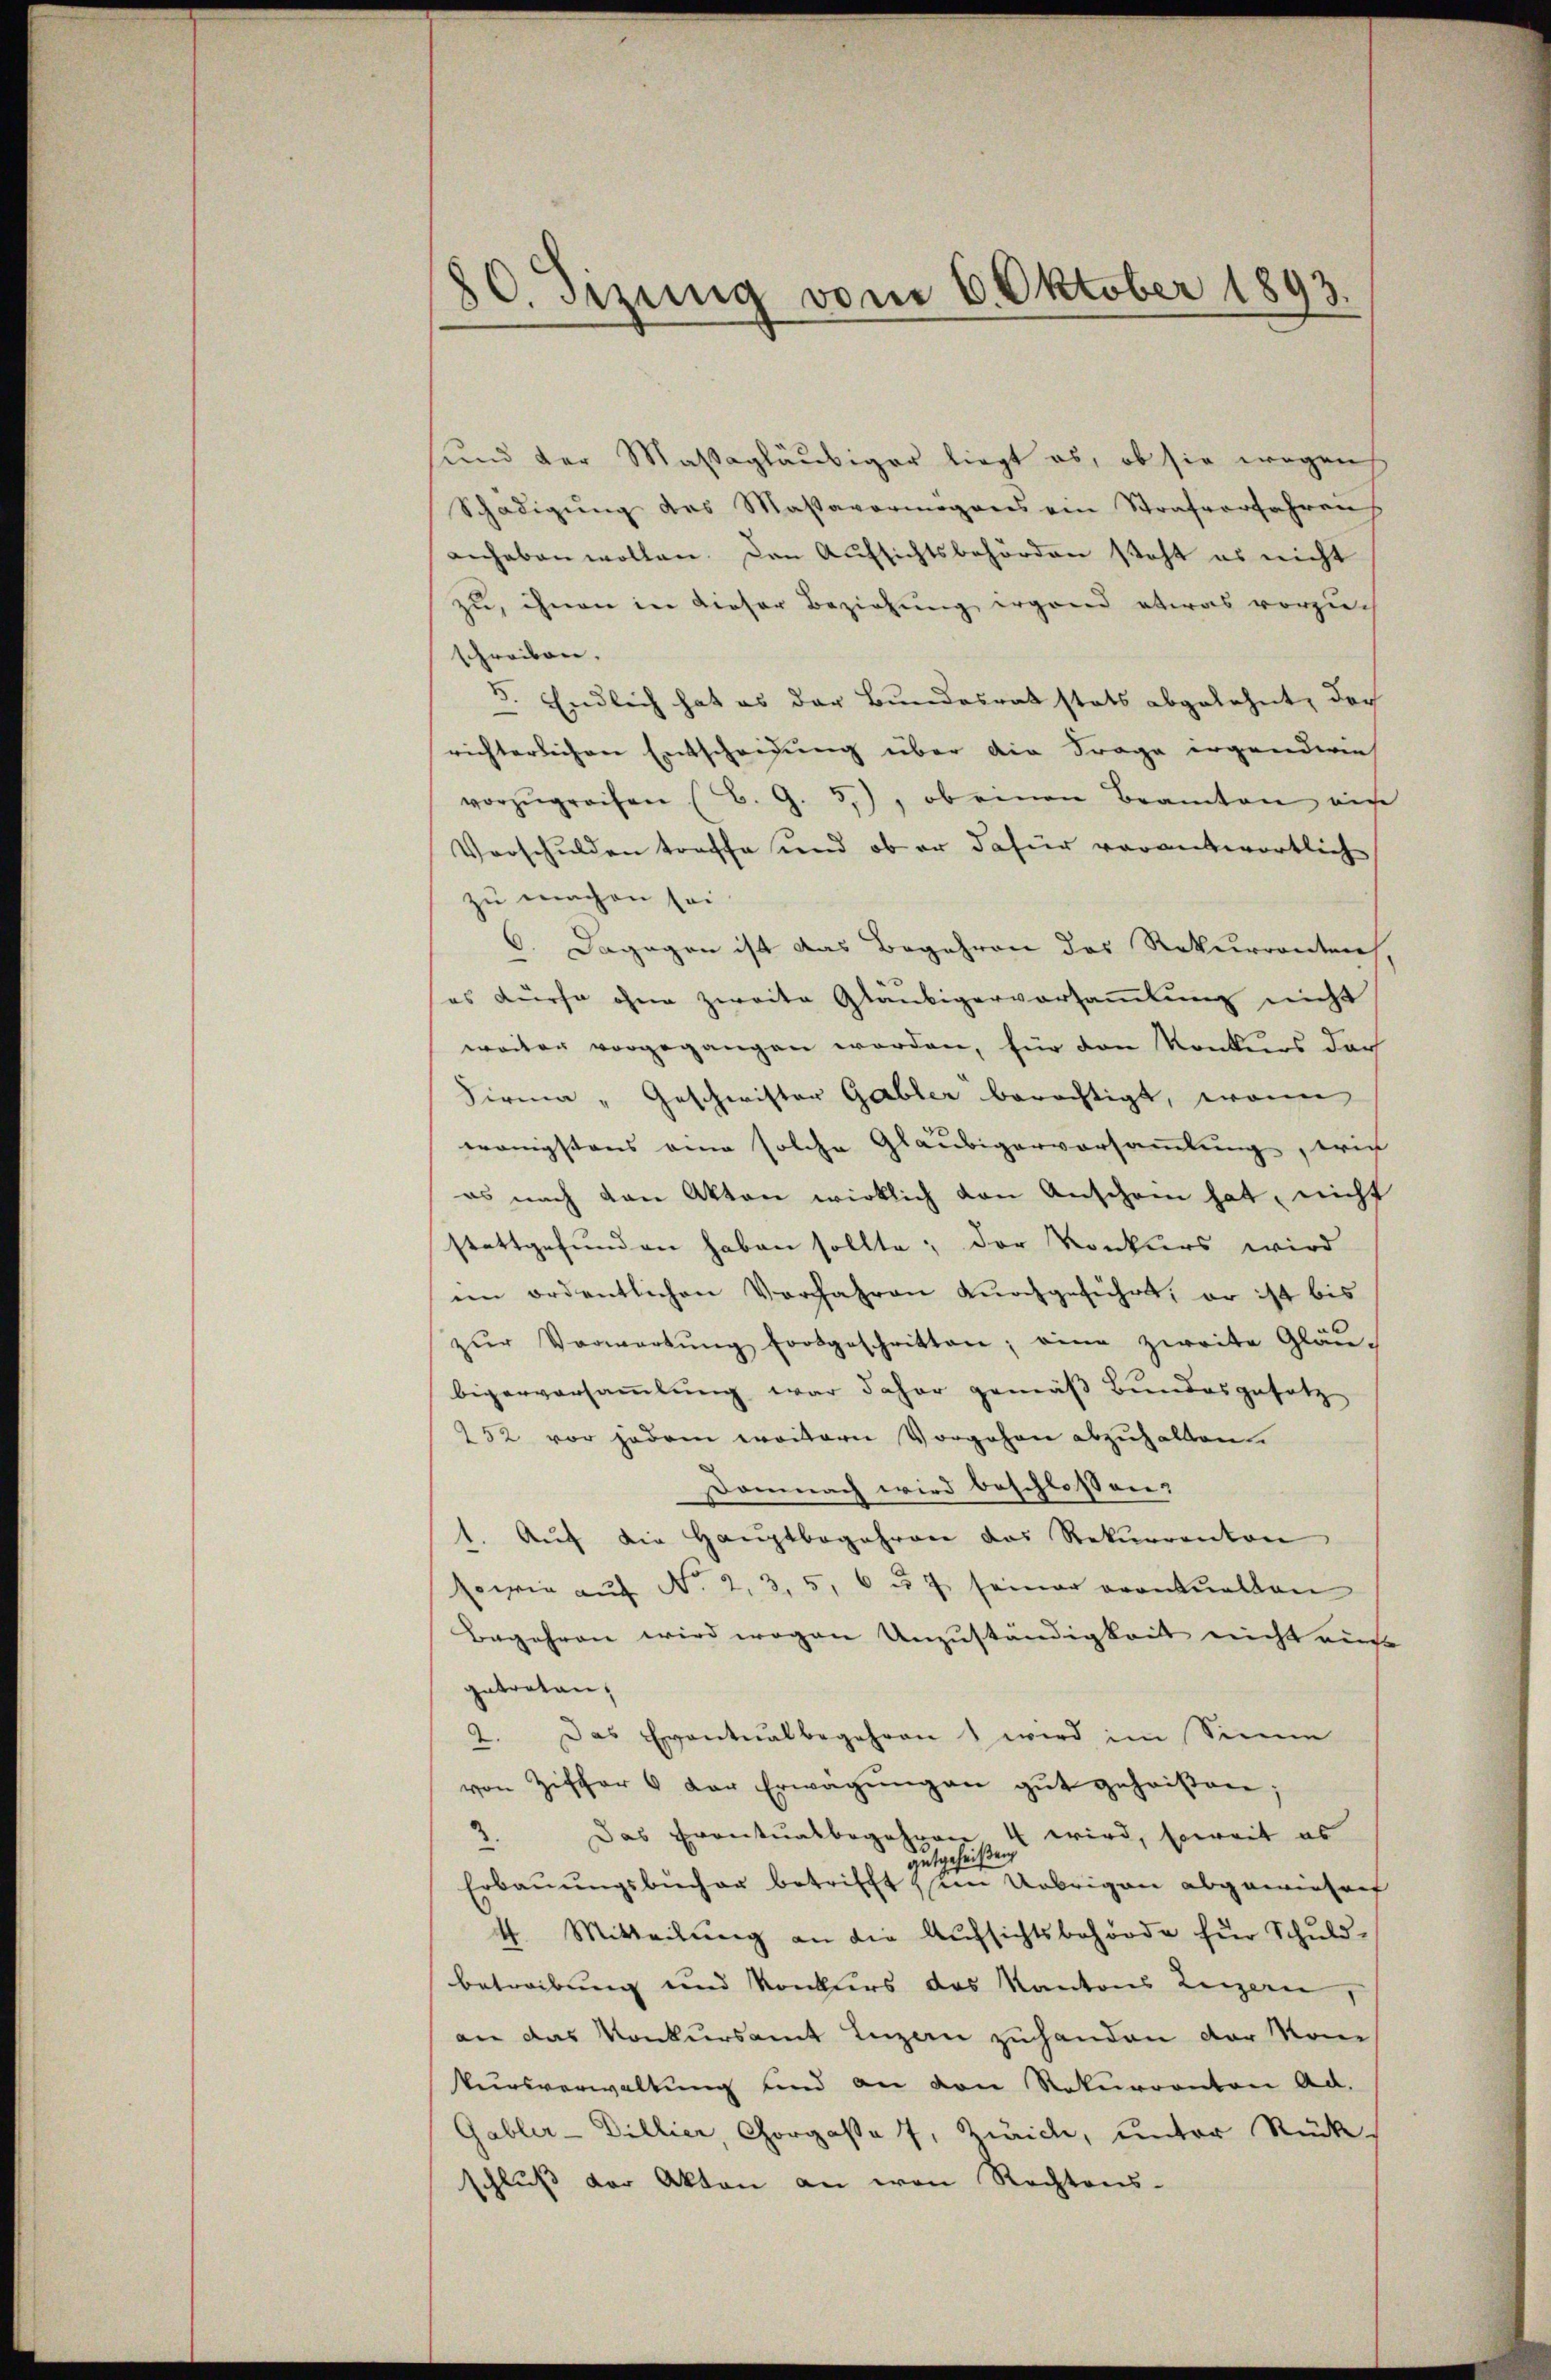
.
50. Setzung vom 6. Oktober 1893.

und der Massagläubiger liegt es, ob sie wegen
Schädigung des Massavermögens ein Strafverfahrens
anhaben wollen. Den Aufsichtsbehörden steht es nicht
zu, ihnen in dieser Beziehung irgend etwas vorzuch
schreiben.
5. Endlich hat es der Bundesrat statt abgelehnt, der
richterlichen Entscheidung über die Frage erganderen
vorzŭgreifen (B. G. 3), ob einen Beamten ei
Vorschulden treffe und ob er dafür verantwortlich
zu machen sei.
6. Dagegen ist das Begehren des Rekurrenten,
es dürfe ohne zweite Gläubigervorsammlung nicht
weiter vorgegangen worden, für den Konkurs dar
Firma „Geschwister Gabler berechtigt, wenn
wenigstens eine solche Gläubigerversammlung, wie
es nach den Akten wirklich von Anschein hat, nicht
stattgefunden haben sollte; der Konkurs wird
ein ordentlichen Vorfahren durchgeführt, er ist bis
zŭr Vorwortŭng fortgeschritten; eine zweite Gläu-
bigerversammlung war daher gemäß Bundesgesetz
252 vor jedem weitern Vorgehen abzuhalten.
Domnach wird beschlossen:
1. Aŭf die Haŭptbegehren das Rekurrenton
sowie auf No 2, 3, 5, 6 u. 7 seiner eventuellen
Begehren wird wegen Anzuständigkeit nicht ric
getreten,
2. Das Eventualbegehren wird im Sinne
von Ziffer 6 der Erwägŭngen gŭt geheißen;
Das Eventualbegehren 4 wird, soweit es
2.
hei
gute
Erbauungsbücher betrifft im Uebrigen abgewiesenf
t. Mitteilŭng an die Aŭfsichtsbehörde für Schuld-
betreibung und Konkurs des Kantons Luzern,
an das Konkursamt Luzern zuhanden der Nom
kursverwaltung und an den Rekurrenten Ad.
Gabler-Dillier, Chorgasse 7, Zürich, unter Rück
schluß der Akten an von Rechtens-